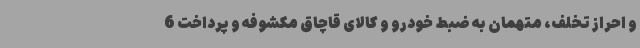
و احراز تخلف، متهمان به ضبط خودرو و کالای قاچاق مکشوفه و پرداخت 6